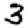
Digit: 3